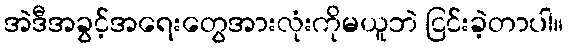
အဲဒီအခွင့်အရေးတွေအားလုံးကိုမယူဘဲ ငြင်းခဲ့တာပါ။